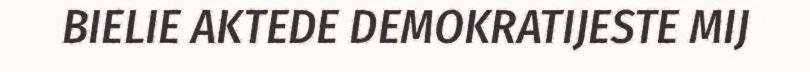
BIELIE AKTEDE DEMOKRATIJESTE MIJ